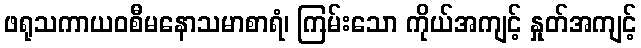
ဖရုသကာယဝစီမနောသမာစာရံ၊ ကြမ်းသော ကိုယ်အကျင့် နှုတ်အကျင့်